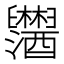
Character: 𬜂